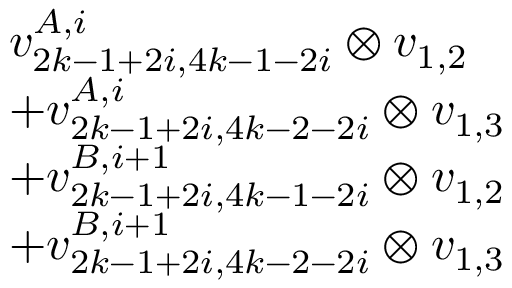
\begin{array} { r l } & { v _ { 2 k - 1 + 2 i , 4 k - 1 - 2 i } ^ { A , i } \otimes v _ { 1 , 2 } } \\ & { + v _ { 2 k - 1 + 2 i , 4 k - 2 - 2 i } ^ { A , i } \otimes v _ { 1 , 3 } } \\ & { + v _ { 2 k - 1 + 2 i , 4 k - 1 - 2 i } ^ { B , i + 1 } \otimes v _ { 1 , 2 } } \\ & { + v _ { 2 k - 1 + 2 i , 4 k - 2 - 2 i } ^ { B , i + 1 } \otimes v _ { 1 , 3 } } \end{array}